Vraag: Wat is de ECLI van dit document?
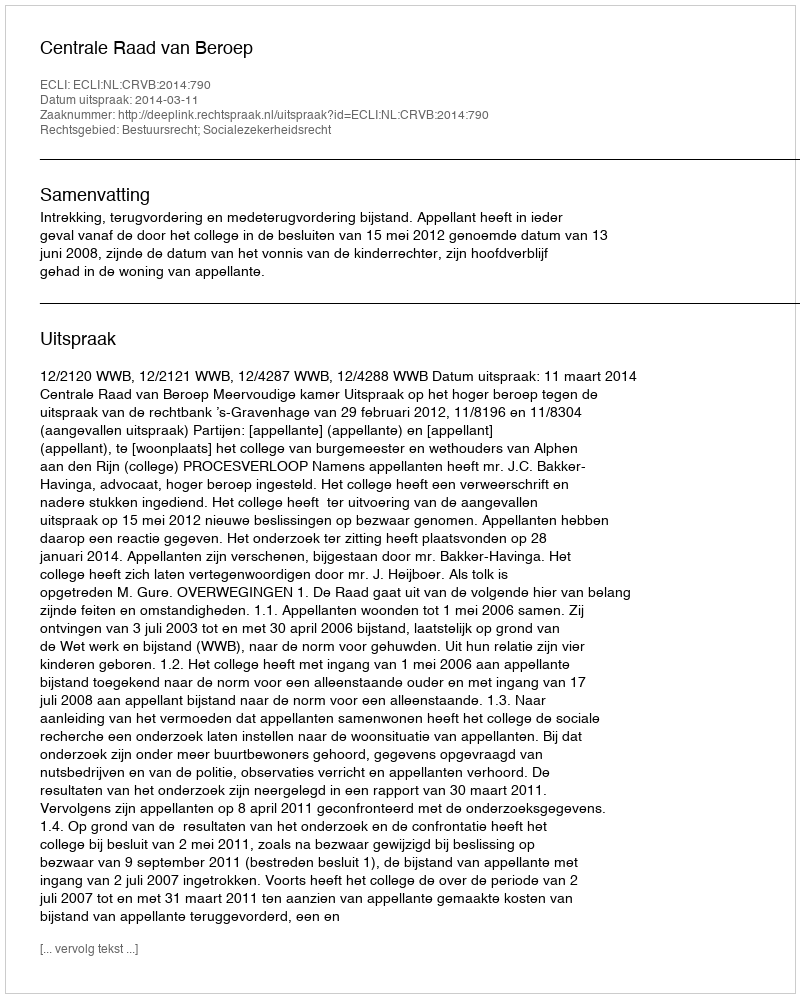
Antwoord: ECLI:NL:CRVB:2014:790